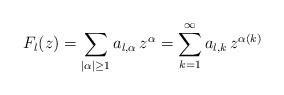
LaTeX: \begin{align*}F_l(z) = \sum_{\vert \alpha \vert\geq 1} a_{l,\alpha} \, z^\alpha = \sum_{k=1}^\infty a_{l,k} \, z^{\alpha(k)}\end{align*}